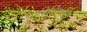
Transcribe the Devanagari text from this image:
परीक्षिका